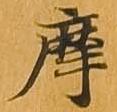
摩